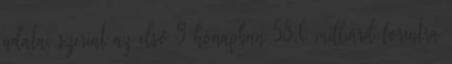
adatai szerint az első 9 hónapban 58,6 milliárd forintra